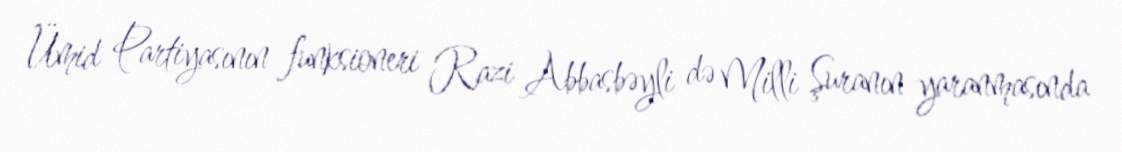
Ümid Partiyasının funksioneri Razi Abbasbəyli də Milli Şuranın yaranmasında